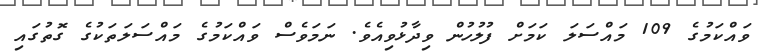
ވައްކަމުގެ 109 މައްސަލަ ކަމަށް ފުލުހުން ވިދާޅުވިއެވެ. ނަމަވެސް ވައްކަމުގެ މައްސަލަތަކުގެ ގޮތުގައި